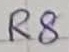
Text: R8